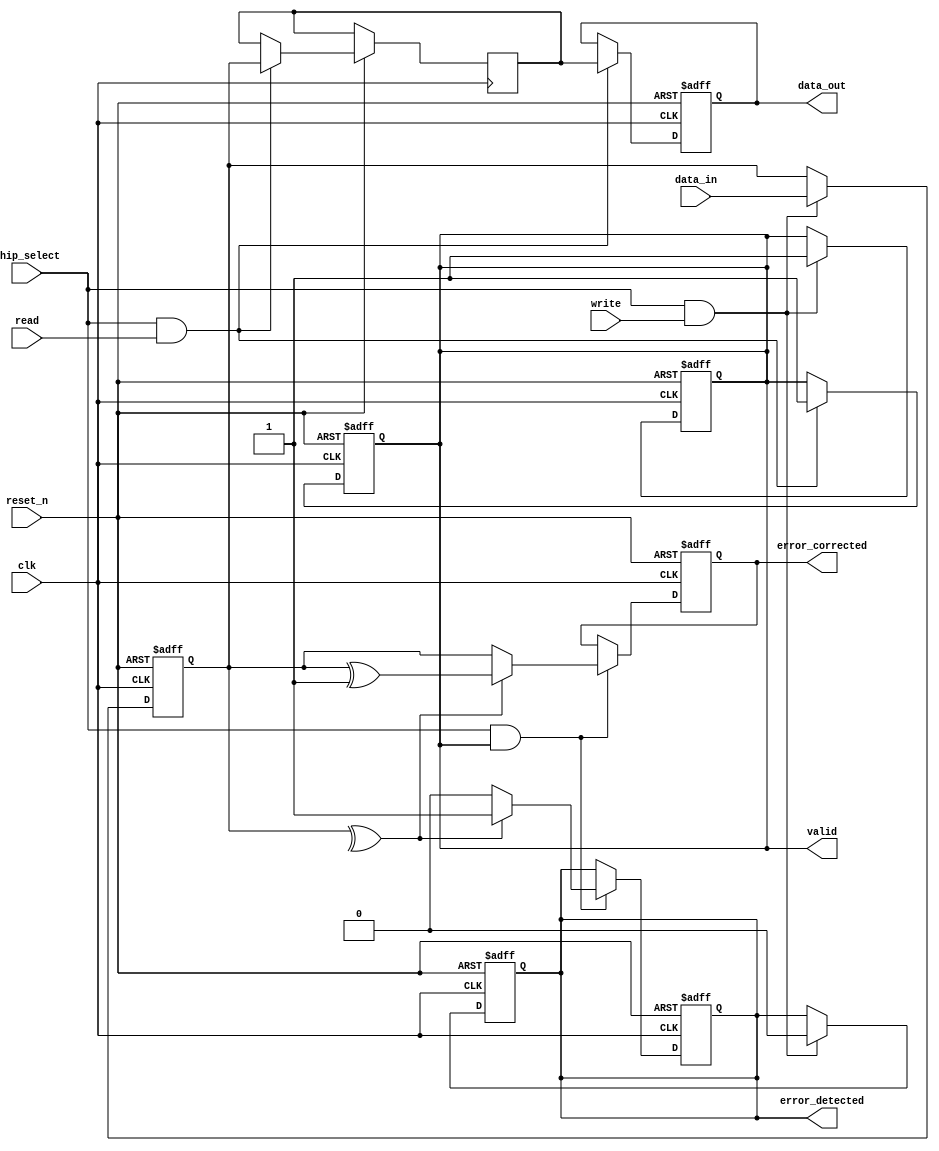
module FeRAM_IO_Block (
    input wire clk,                // System clock
    input wire reset_n,            // Active low reset
    input wire [7:0] data_in,      // Data input
    output reg [7:0] data_out,     // Data output
    input wire read,               // Read control signal
    input wire write,              // Write control signal
    input wire chip_select,         // Chip select signal
    output reg valid,              // Data valid signal
    output reg error_detected,      // Error detection signal
    output reg [7:0] error_corrected // Corrected data output
);

    reg [7:0] data_latch;          // Data latch for temporary storage
    reg [7:0] read_sense;          // Read sensing circuit output
    wire [7:0] level_shifted_in;   // Level shifted input
    wire [7:0] level_shifted_out;  // Level shifted output

    // Voltage Level Shifter for Input
    assign level_shifted_in = data_in; // Assuming direct mapping for simplicity

    // Data Input Buffer with Schmitt Trigger (simplified)
    always @(posedge clk or negedge reset_n) begin
        if (!reset_n) begin
            data_latch <= 8'b0;
            valid <= 1'b0;
        end else if (chip_select && write) begin
            data_latch <= level_shifted_in; // Capture data on write
            valid <= 1'b1;                   // Data is valid
        end
    end

    // Read Operation
    always @(posedge clk or negedge reset_n) begin
        if (!reset_n) begin
            data_out <= 8'b0;
            valid <= 1'b0;
        end else if (chip_select && read) begin
            read_sense <= data_latch; // Simulate read sensing
            data_out <= read_sense;    // Output data
            valid <= 1'b1;             // Data is valid
        end
    end

    // Write Driver
    always @(posedge clk or negedge reset_n) begin
        if (!reset_n) begin
            error_detected <= 1'b0;
        end else if (chip_select && write) begin
            // Simulate write operation
            // Here you would drive the memory cells with data_latch
            // For simulation, we assume write is always successful
            error_detected <= 1'b0; // No error detected
        end
    end

    // Error Detection (simple parity check for demonstration)
    always @(posedge clk or negedge reset_n) begin
        if (!reset_n) begin
            error_detected <= 1'b0;
            error_corrected <= 8'b0;
        end else if (chip_select && valid) begin
            // Simple parity check (even parity)
            if (^data_latch[7:0] == 1'b1) begin
                error_detected <= 1'b1; // Error detected
                error_corrected <= data_latch ^ 8'b00000001; // Simple correction (toggle LSB)
            end else begin
                error_detected <= 1'b0;
                error_corrected <= data_latch; // No correction needed
            end
        end
    end

endmodule